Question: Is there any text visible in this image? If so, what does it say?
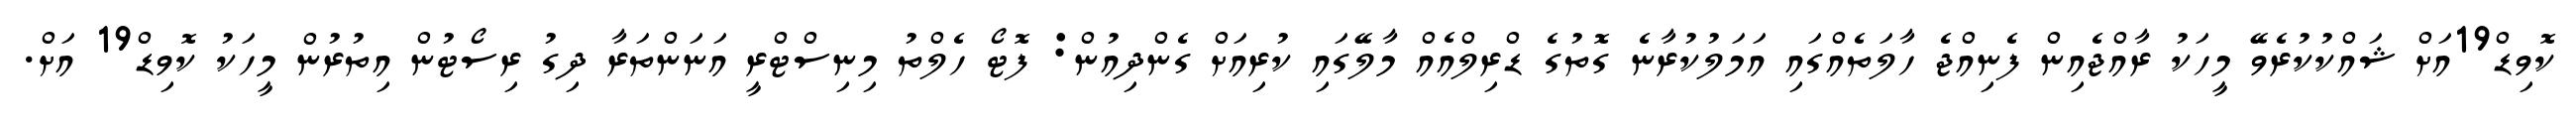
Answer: ކޮވިޑް19އަށް ޝައްކުކުރެވޭ މީހަކު ރާއްޖެއިން ފެނިއްޖެ ހާލަތެއްގައި އަމަލުކުރާނެ ގޮތުގެ ޑްރިލްއެއް މާލޭގައި ކުރިއަށް ގެންދިއުން: ފޮޓޯ ހެލްތު މިނިސްޓްރީ އަނަންތަރާ ދިގު ރިސޯޓުން އިތުރުން މީހަކު ކޮވިޑް19 އަށް.